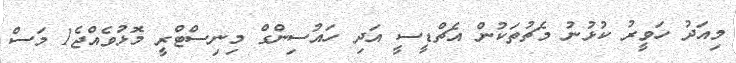
މިއަދު ހަވީރު ކުޅުނު މެޗުތަކުން އެޗްޑީސީ އަދި ހައުސިންގް މިނިސްޓްރީ މޮޅުވެއްޖެ1 މަސް